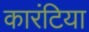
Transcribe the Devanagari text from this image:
कारंटिया